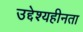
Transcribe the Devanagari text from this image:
उद्देश्यहीनता